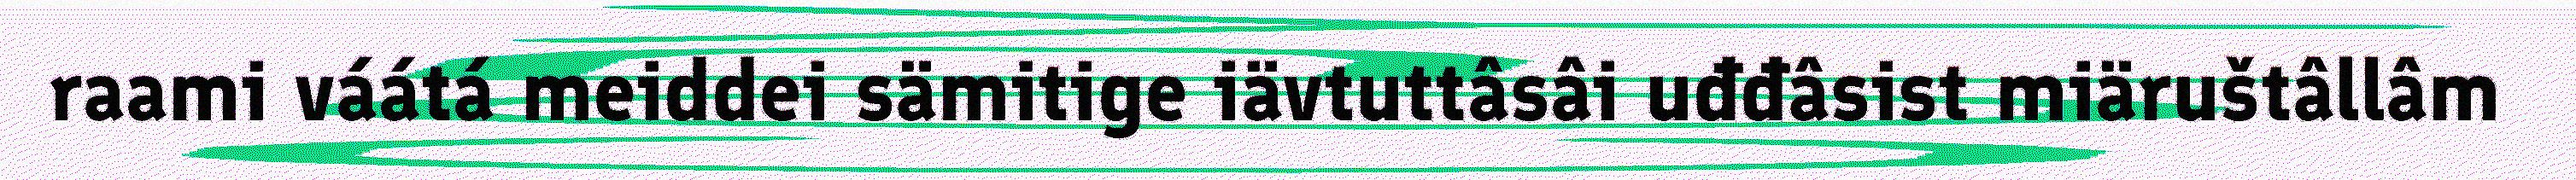
raami váátá meiddei sämitige iävtuttâsâi uđđâsist miäruštâllâm